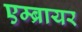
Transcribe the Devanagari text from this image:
एम्ब्रायर